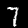
Label: 7